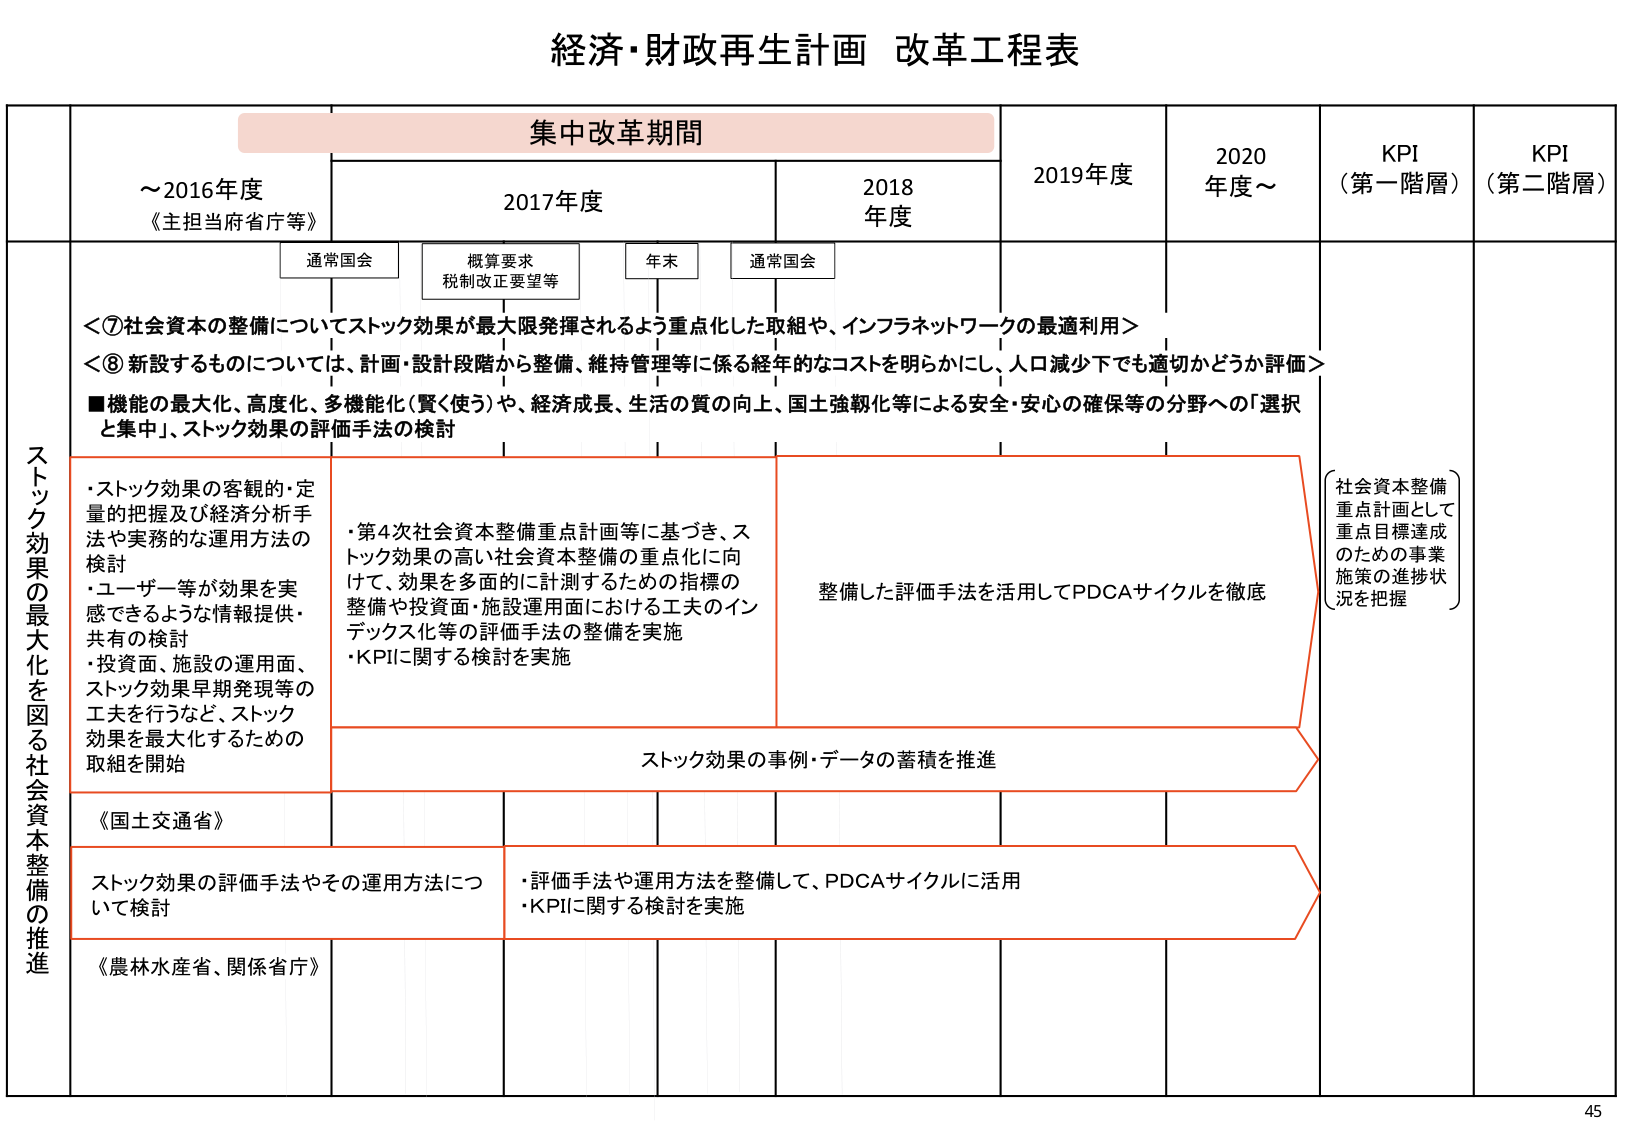
経済・財政再生計画 改革工程表

集中改革期間

～2016年度
《主担当府省庁等》

2017年度
通常国会
概算要求
税制改正要望等

2018年度
年末
通常国会

2019年度

2020年度～

KPI
（第一階層）

KPI
（第二階層）

＜⑦社会資本の整備についてストック効果が最大限発揮されるよう重点化した取組や、インフラネットワークの最適利用＞
＜⑧新設するものについては、計画・設計段階から整備、維持管理等に係る経年的なコストを明らかにし、人口減少下でも適切かどうか評価＞
■機能の最大化、高度化、多機能化（賢く使う）や、経済成長、生活の質の向上、国土強靭化等による安全・安心の確保等の分野への「選択と集中」、ストック効果の評価手法の検討

ストック効果の最大化を図る社会資本整備の推進

・ストック効果の客観的・定量的把握及び経済分析手法や実務的な運用方法の検討
・ユーザー等が効果を実感できるような情報提供・共有の検討
・投資面、施設の運用面、ストック効果早期発現等の工夫を行うなど、ストック効果を最大化するための取組を開始

・第4次社会資本整備重点計画等に基づき、ストック効果の高い社会資本整備の重点化に向けて、効果を多面的に計測するための指標の整備や投資面・施設運用面における工夫のインデックス化等の評価手法の整備を実施
・KPIに関する検討を実施

整備した評価手法を活用してPDCAサイクルを徹底

（社会資本整備重点計画として重点目標達成のための事業施策の進捗状況を把握）

ストック効果の事例・データの蓄積を推進

《国土交通省》

ストック効果の評価手法やその運用方法について検討

・評価手法や運用方法を整備して、PDCAサイクルに活用
・KPIに関する検討を実施

《農林水産省、関係省庁》

45